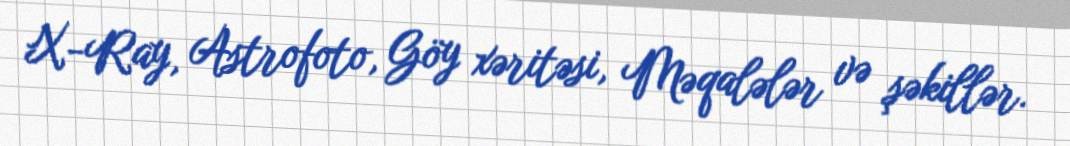
X-Ray, Astrofoto, Göy xəritəsi, Məqalələr və şəkillər.